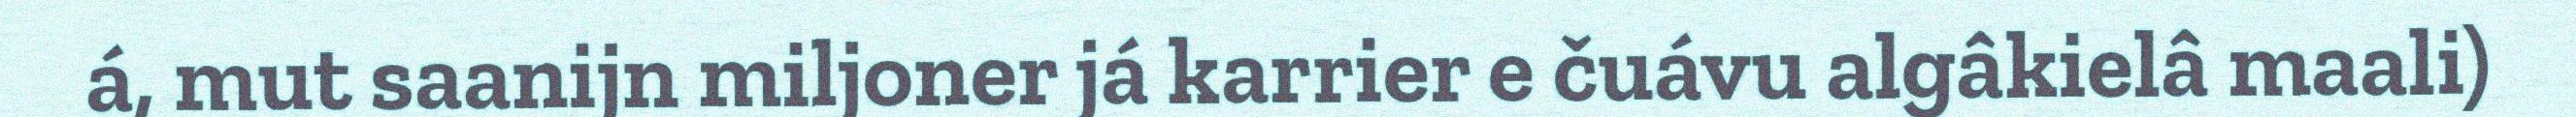
á, mut saanijn miljoner já karrier e čuávu algâkielâ maali)